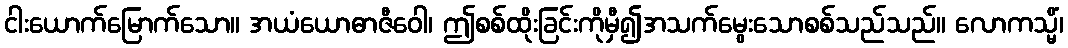
ငါးယောက်မြောက်သော။ အယံယောဓာဇီဝေါ၊ ဤစစ်ထိုးခြင်းကိုမှီ၍အသက်မွေးသောစစ်သည်သည်။ လောကသ္မိံ၊